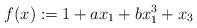
LaTeX: \begin{align*}f(x):=1+a x_1+bx_1^3+x_3\end{align*}